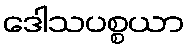
ဒေါသပစ္စယာ